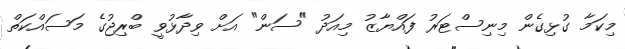
މިކަމާ ގުޅިގެން މިނިސްޓަރު ފައްޔާޒު މިއަދު "ސަން" އަށް ވިދާޅުވީ ބްރިޖުގެ މަސައްކަތް